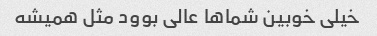
خیلی خوبین شماها عالی بوود مثل همیشه